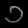
Digit: ၁